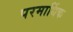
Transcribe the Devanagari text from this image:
परमार्धिक